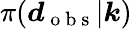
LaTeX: \pi(\boldsymbol{d}_{\mathrm{~o~b~s~}}|\boldsymbol{k})